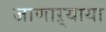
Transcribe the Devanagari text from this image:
जाणाऱ्याया